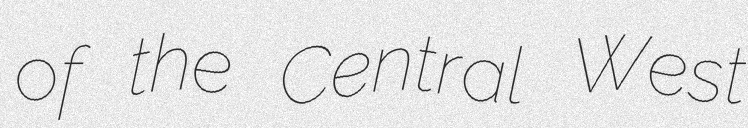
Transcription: of the Central West